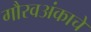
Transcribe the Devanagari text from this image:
गौरवअंकाचे